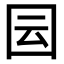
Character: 囩